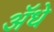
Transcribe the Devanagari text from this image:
ॲधे